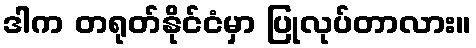
ဒါက တရုတ်နိုင်ငံမှာ ပြုလုပ်တာလား။